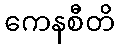
ကေနစီတိ